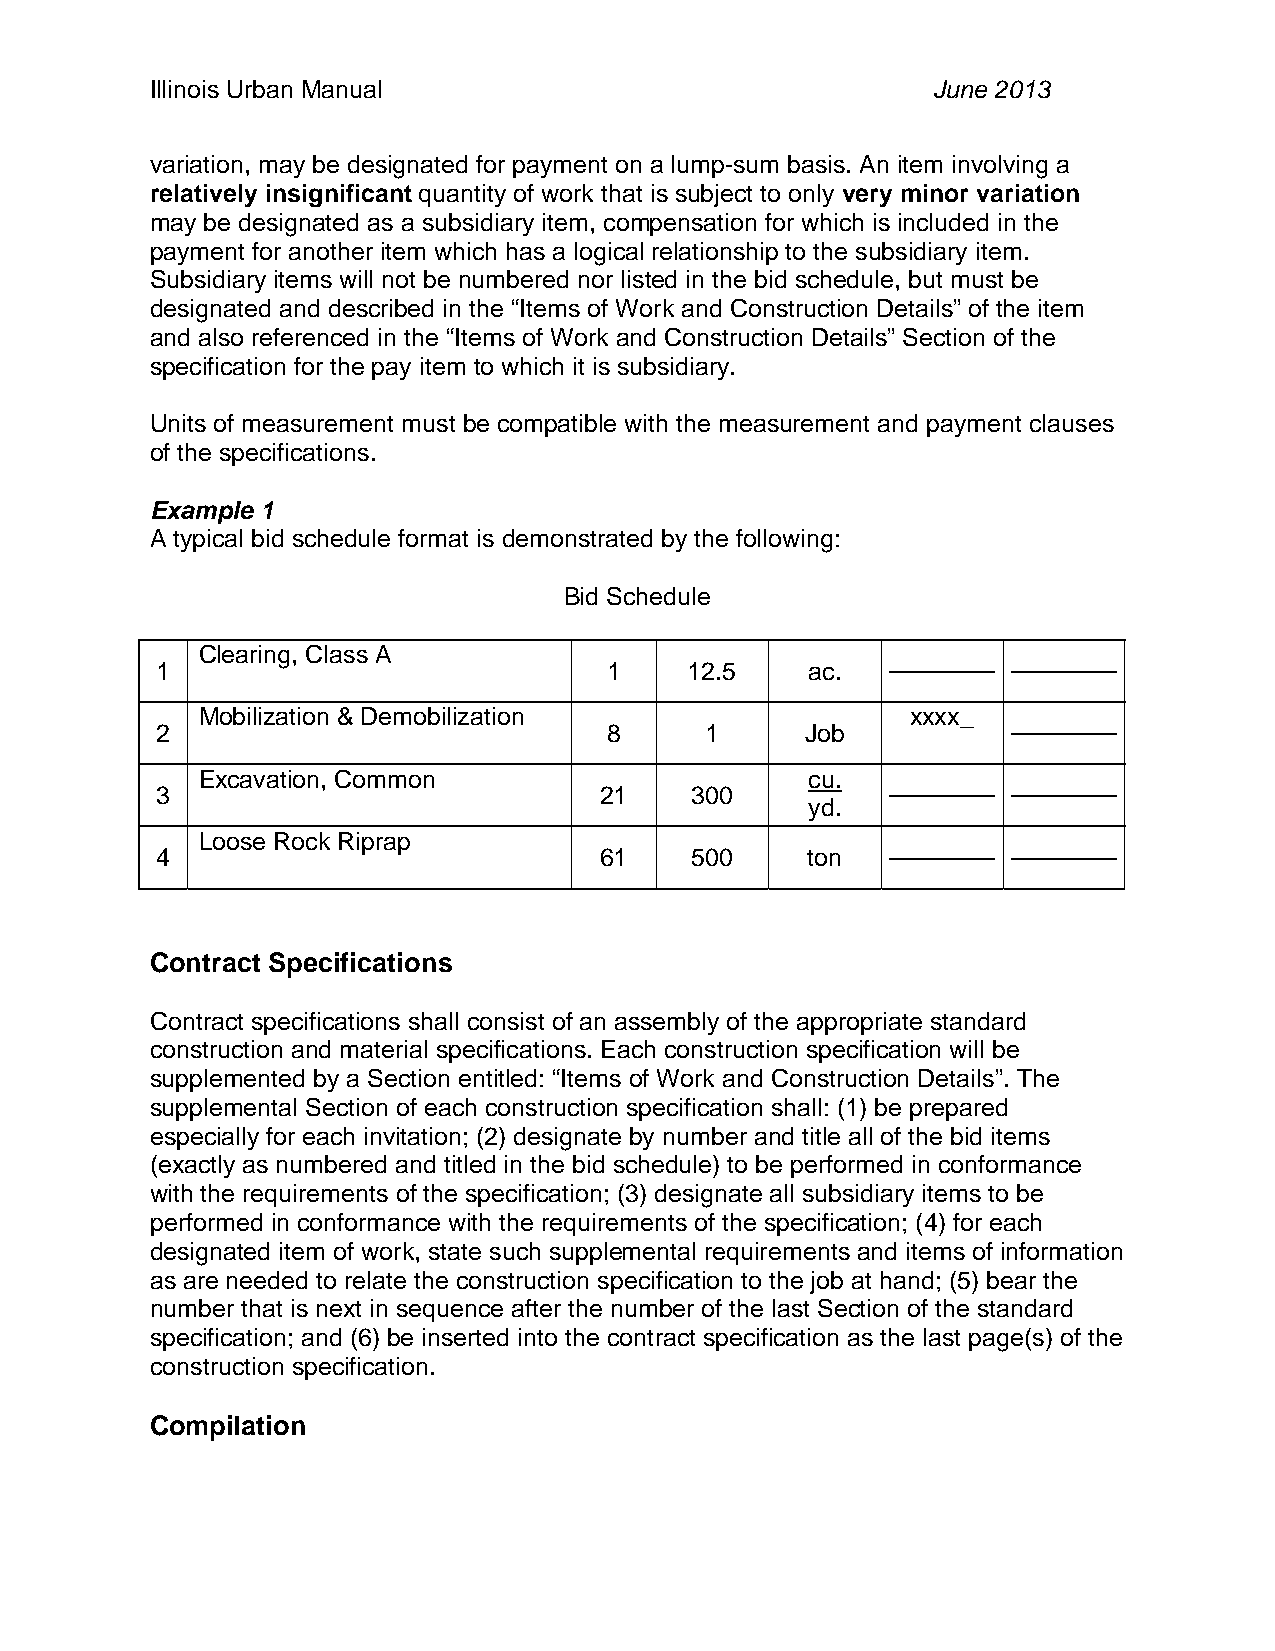
Illinois Urban Manual                               June 2013
 variation, may be designated for payment on a lump-sum basis. An item involving a
 relatively insignificant quantity of work that is subject to only very minor variation
 may be designated as a subsidiary item, compensation for which is included in the
 payment for another item which has a logical relationship to the subsidiary item.
 Subsidiary items will not be numbered nor listed in the bid schedule, but must be
 designated and described in the “Items of Work and Construction Details” of the item
 and also referenced in the “Items of Work and Construction Details” Section of the
 specification for the pay item to which it is subsidiary.
 Units of measurement must be compatible with the measurement and payment clauses
 of the specifications.
 Example 1
 A typical bid schedule format is demonstrated by the following:
 Bid Schedule
 Clearing, Class A
 1                             1     12.5    ac.
 Mobilization & Demobilization                  xxxx_
 2                             8      1     Job
 Excavation, Common                       cu.
 3                             21    300
 yd.
 Loose Rock Riprap
 4                             61    500    ton
 Contract Specifications
 Contract specifications shall consist of an assembly of the appropriate standard
 construction and material specifications. Each construction specification will be
 supplemented by a Section entitled: “Items of Work and Construction Details”. The
 supplemental Section of each construction specification shall: (1) be prepared
 especially for each invitation; (2) designate by number and title all of the bid items
 (exactly as numbered and titled in the bid schedule) to be performed in conformance
 with the requirements of the specification; (3) designate all subsidiary items to be
 performed in conformance with the requirements of the specification; (4) for each
 designated item of work, state such supplemental requirements and items of information
 as are needed to relate the construction specification to the job at hand; (5) bear the
 number that is next in sequence after the number of the last Section of the standard
 specification; and (6) be inserted into the contract specification as the last page(s) of the
 construction specification.
 Compilation